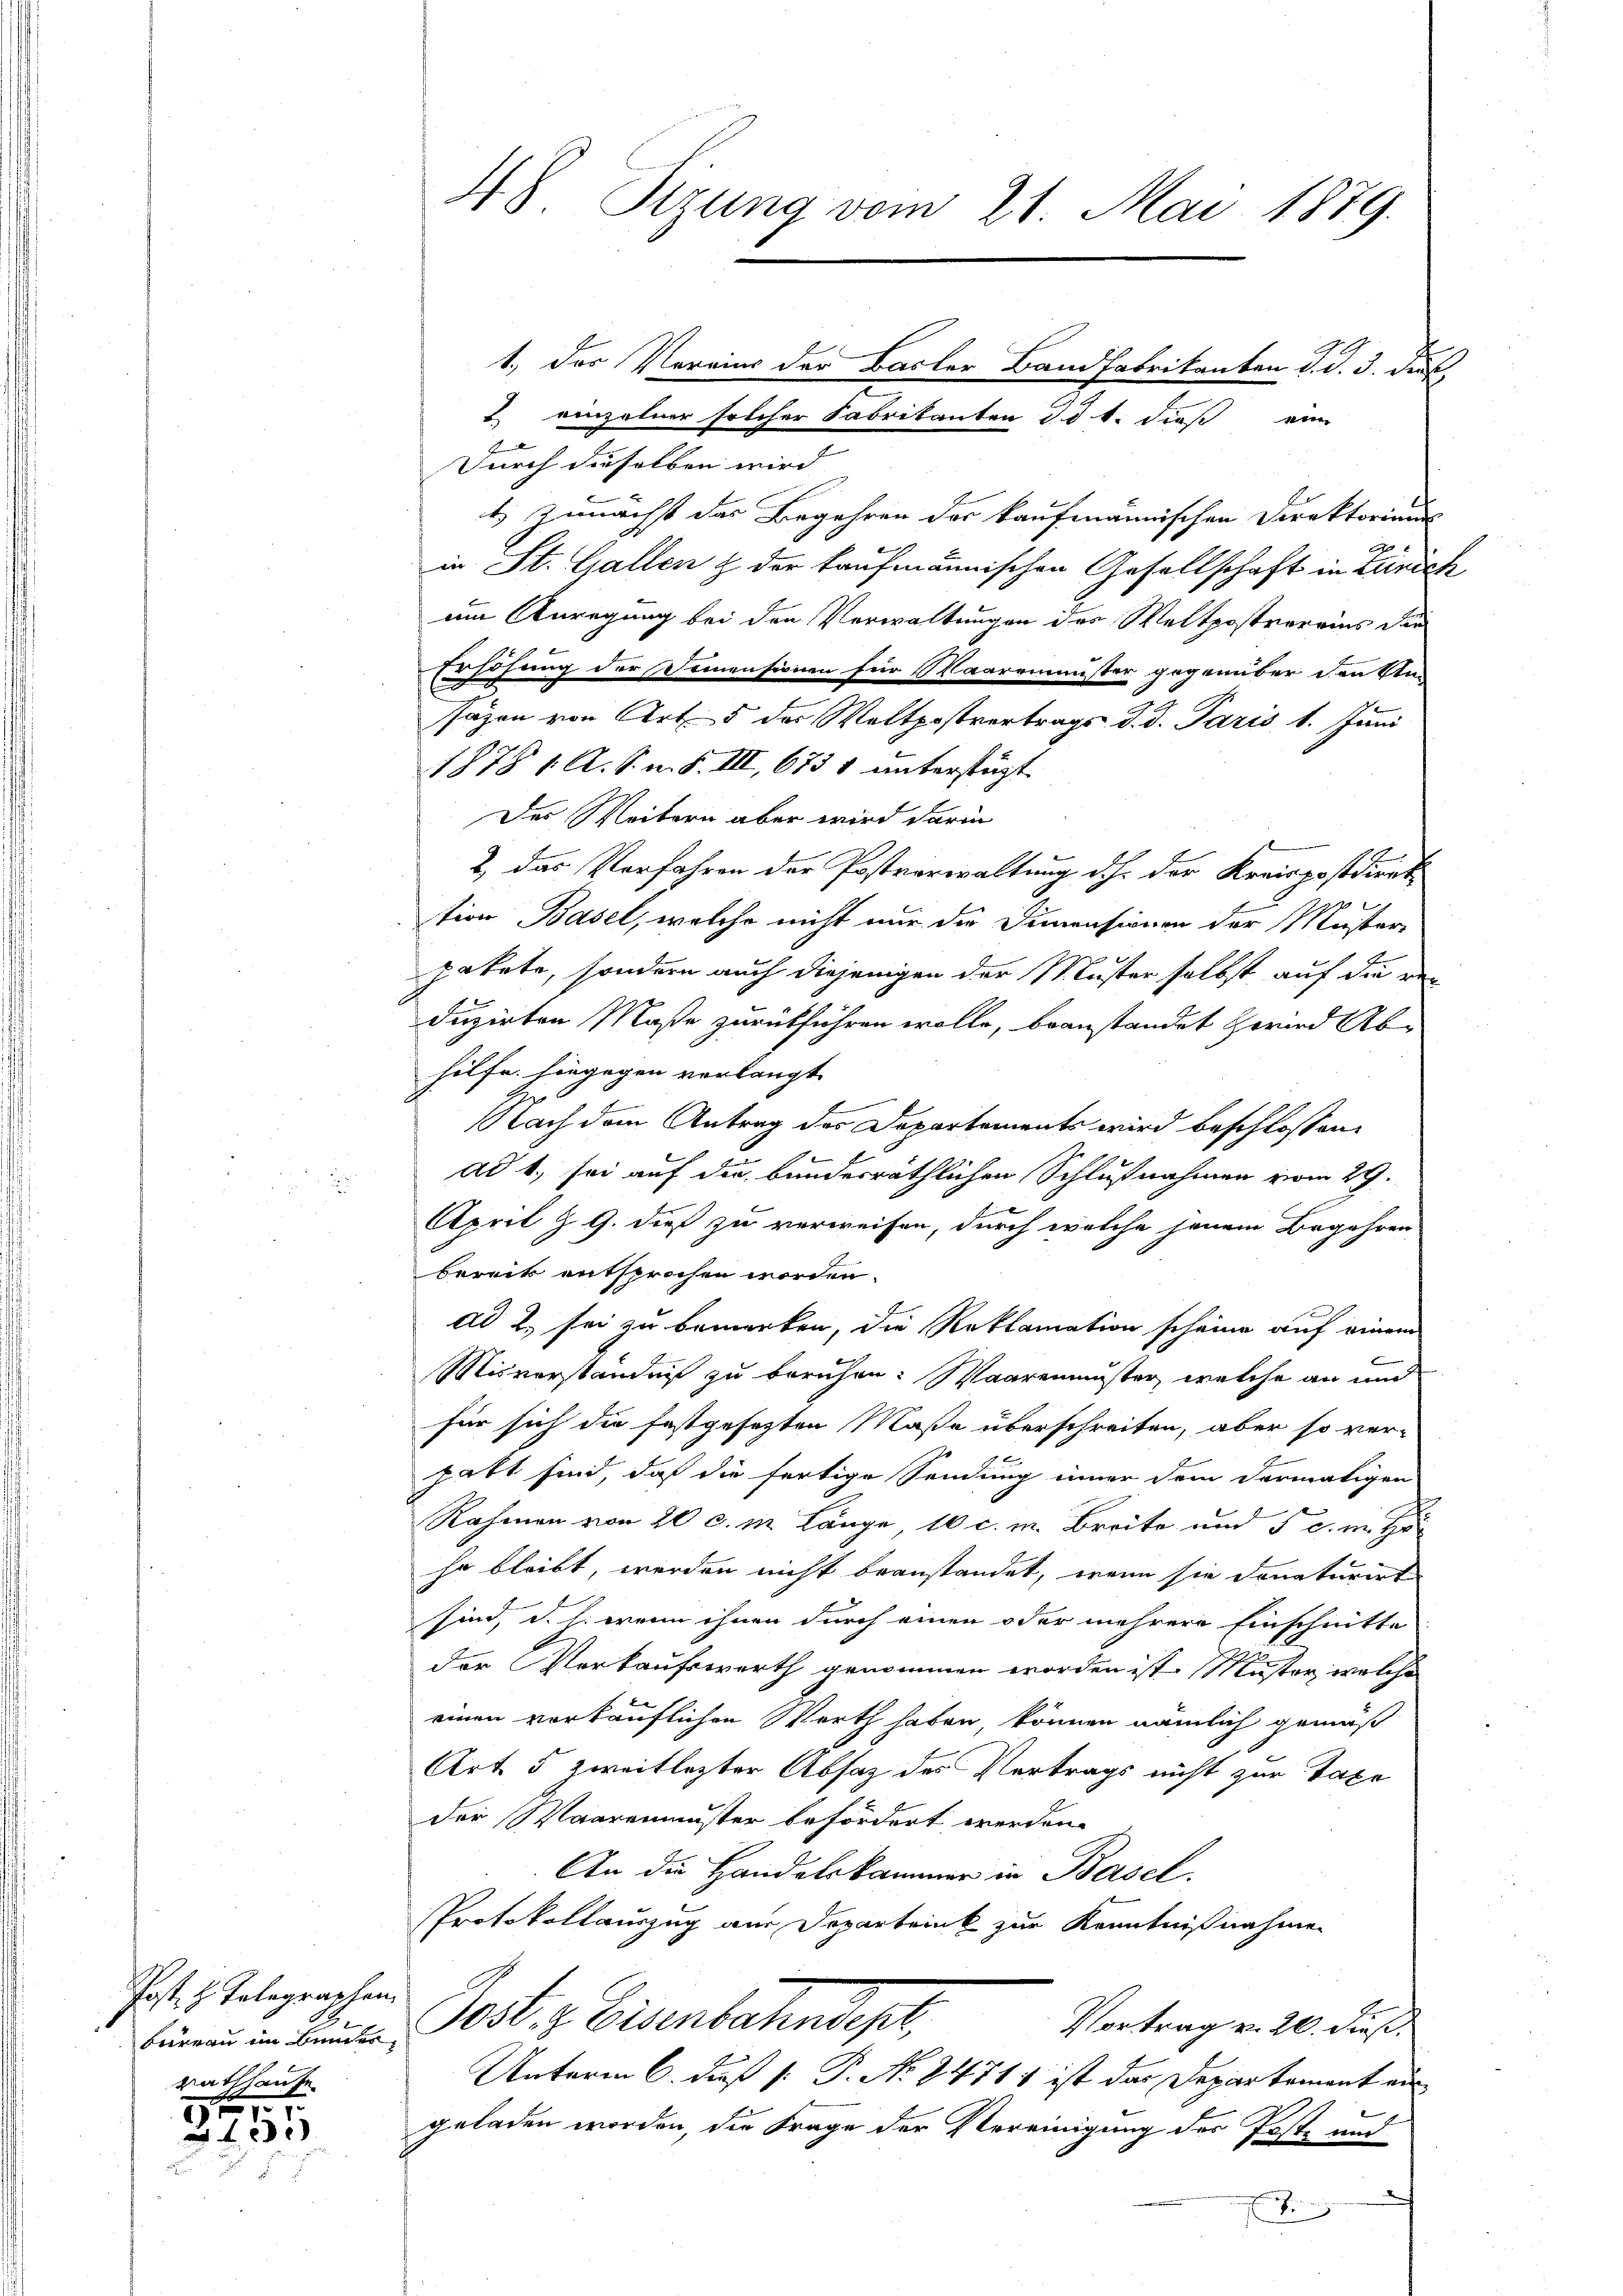
Jost z. Telegraphen.
Rathhause

xx
455

48 Sizung vom 21. Mai 1889.

Durch dieselben wird |
t. Zunächst das Begehren der kaufmannischen Direktoriums
in St. Gallen & der kaufmännischen Gesellschaft in Zürich
um Anregung bei den Verwaltungen des Weltpostvereins die
Erhöhung der Demensionen für Maaremuster gegenüber den Unsäzen von Art. 5 des Waltpostvortrags d. d. Paris 1. Juni
1878 1 A. S. m. S. III, 673 1 unterstüzt
Der Weitern aber wird darin
2, das Verfahren der Postverwaltung deh der Kreispostdiret
tion Basel, welche nicht nur die Dimensionen der Muster-
pakete, sondern auch diejenigen der Muster selbst auf die reduzirten Maße zurückführen wolle, beanstandet zwar Abhilfe. hingegen verlangt
G.
Nach dem Antrag des Departements wird beschlossen,
7
ad 1., sei auf die bundesräthlichen Schlußnahmen vom 29.
April Z. G. dieß zu verweisen, durch welche jenem Begehren
bereit entsprochen worden.
ad 2, sei zu bemerken, die Reklamation scheine auf einem
Misverständniß zu beruhen. Waarenmuster, welche an und
für sich die festgesezten Maße überschreiten, aber so ver-
hatt sind, daß die fertige Sendung inner dem dermatigen
Rahmen von 20 c. m Länge 10 c. m. Breite und 5 c. im Ho
so bleibt, werden nicht beanstandet, wenn sie donaturirt
sind, d. h. wenn ihnen durch einen oder mehrere Einschnitte
der Verkaufswerth genommen worden ist, Muster, welche
einen vorkäuflichen Werth haben, können nämlich gemäß
Art. 5 zweitlezter Absatz des Vertrags nicht zur Taxe
der Waarenmuster befördert werden.
An die Handelskammer in Basel.
PProtokollauszug aus Departrink zur Kenntnißnahmen
Vortrag v. 20. dies
bemann in keinen Post, z. Eisenbartendept,
Unterm 6. daß [ P. No. 2471 ist das Departement ein
geladen worden, die Frage der Vereinigung der Poste und
d

1, der Vereins der Basler Bandfabrikanten d. d. 3. Jus
2. einzelner solcher Fabrikanten d. 5 t. dieß eine